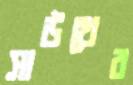
সাউথের